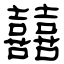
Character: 囍